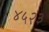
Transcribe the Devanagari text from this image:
४५२३